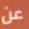
عن